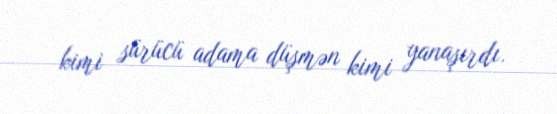
kimi sürücü adama düşmən kimi yanaşırdı.